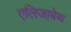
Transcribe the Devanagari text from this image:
एलिजा़बेथ